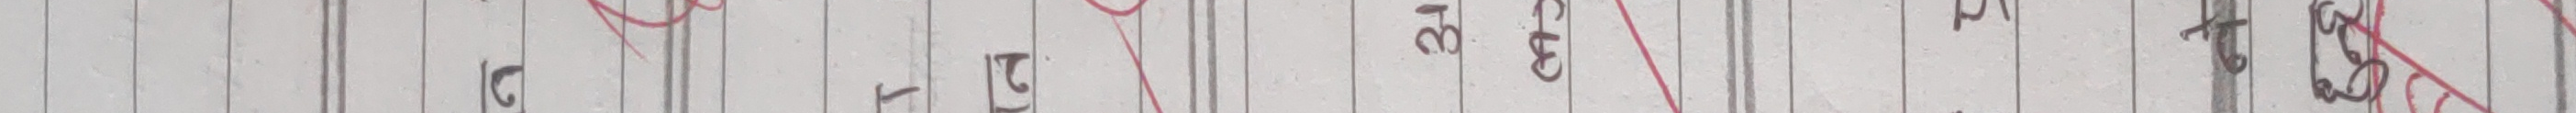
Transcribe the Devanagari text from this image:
ग तेर १ २ ३ ४ ५